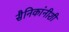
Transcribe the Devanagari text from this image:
सैनिकांनीशी